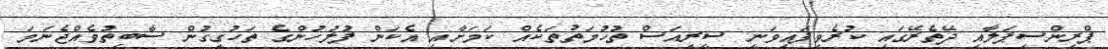
ޕްރިންސިޕަލާއި ދޭތެރޭގައި ކުރެވިފައިވަނީ ސީރިއަސް ތުހުމަތުތަކެއް ކަމަށާއި އެކަން ފުލުހުންގެ ތަހުގީގުން ސާބިތުވެއްޖެނަމަ